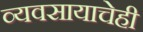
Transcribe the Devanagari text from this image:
व्यवसायाचेही